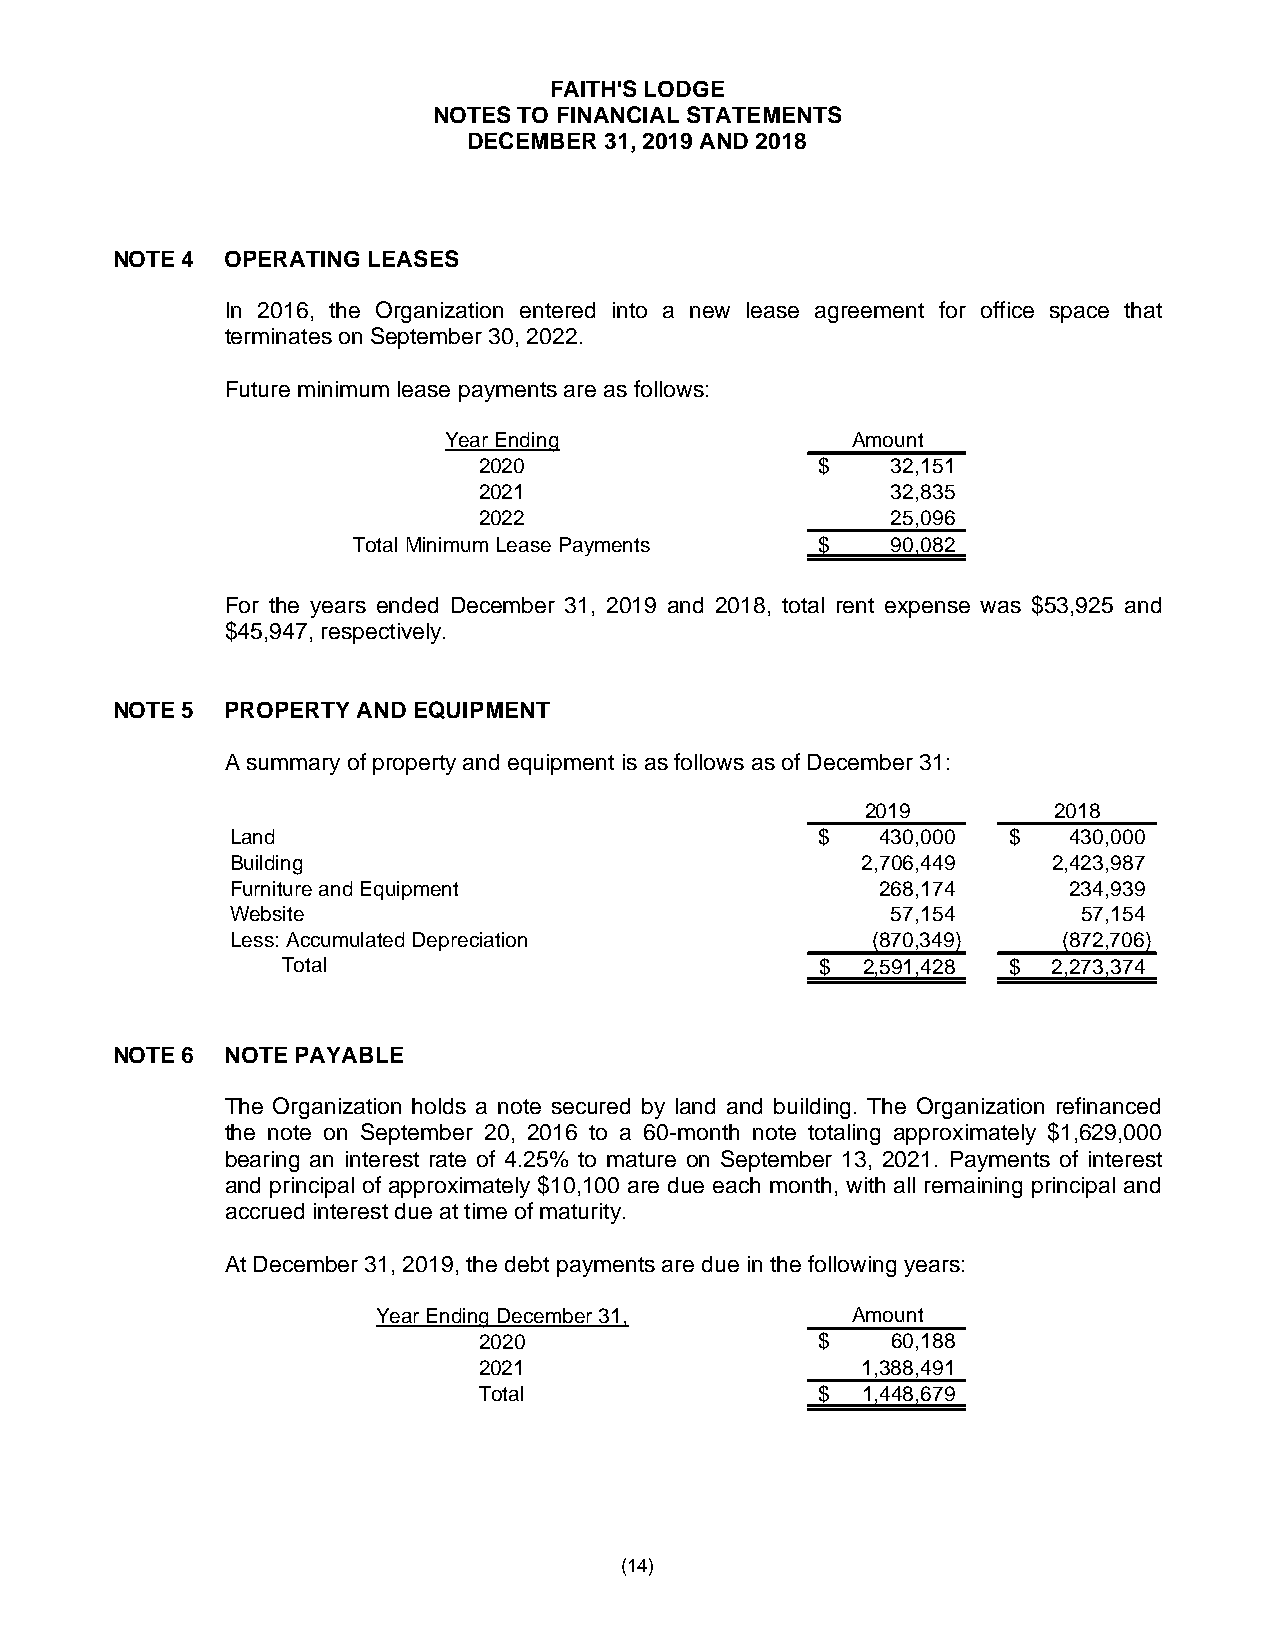
FAITH'S LODGE
 NOTES TO FINANCIAL STATEMENTS
 DECEMBER 31, 2019 AND 2018
 NOTE 4  OPERATING LEASES
 In 2016, the Organization entered into a new lease agreement for office space that
 terminates on September 30, 2022.
 Future minimum lease payments are as follows:
 Year Ending                Amount
 2020                  $    32,151
 2021                       32,835
 2022                       25,096
 Total Minimum Lease Payments   $    90,082
 For the years ended December 31, 2019 and 2018, total rent expense was $53,925 and
 $45,947, respectively.
 NOTE 5  PROPERTY AND EQUIPMENT
 A summary of property and equipment is as follows as of December 31:
 2019         2018
 Land                                   $   430,000  $   430,000
 Building                                  2,706,449    2,423,987
 Furniture and Equipment                    268,174      234,939
 Website                                     57,154       57,154
 Less: Accumulated Depreciation             (870,349)   (872,706)
 Total                              $  2,591,428 $  2,273,374
 NOTE 6  NOTE PAYABLE
 The Organization holds a note secured by land and building. The Organization refinanced
 the note on September 20, 2016 to a 60-month note totaling approximately $1,629,000
 bearing an interest rate of 4.25% to mature on September 13, 2021. Payments of interest
 and principal of approximately $10,100 are due each month, with all remaining principal and
 accrued interest due at time of maturity.
 At December 31, 2019, the debt payments are due in the following years:
 Year Ending December 31,       Amount
 2020                  $    60,188
 2021                     1,388,491
 Total                 $  1,448,679
 (14)